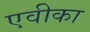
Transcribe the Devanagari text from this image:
एवीका